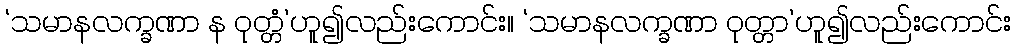
‘သမာနလက္ခဏာ န ဝုတ္တံ’ဟူ၍လည်းကောင်း။ ‘သမာနလက္ခဏာ ဝုတ္တာ’ဟူ၍လည်းကောင်း